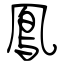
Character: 鳯